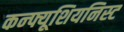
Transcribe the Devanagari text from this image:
कन्फ्यूशियनिस्ट